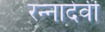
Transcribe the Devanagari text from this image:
रन्‍नादेवी